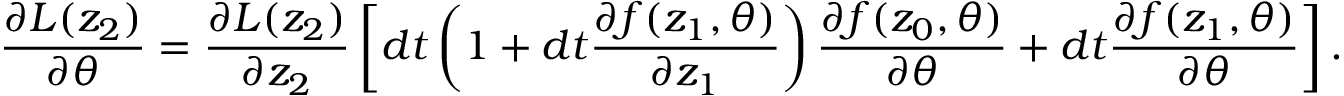
\frac { \partial L ( z _ { 2 } ) } { \partial \theta } = \frac { \partial L ( z _ { 2 } ) } { \partial z _ { 2 } } \left[ d t \left( 1 + d t \frac { \partial f ( z _ { 1 } , \theta ) } { \partial z _ { 1 } } \right) \frac { \partial f ( z _ { 0 } , \theta ) } { \partial \theta } + d t \frac { \partial f ( z _ { 1 } , \theta ) } { \partial \theta } \right] .